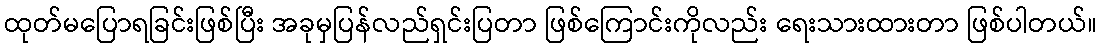
ထုတ်မပြောရခြင်းဖြစ်ပြီး အခုမှပြန်လည်ရှင်းပြတာ ဖြစ်ကြောင်းကိုလည်း ရေးသားထားတာ ဖြစ်ပါတယ်။